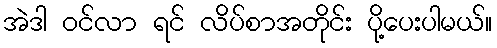
အဲဒါ ဝင်လာ ရင် လိပ်စာအတိုင်း ပို့ပေးပါမယ်။